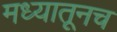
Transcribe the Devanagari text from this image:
मध्यातूनच